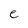
Character: e